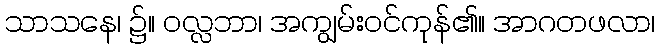
သာသနေ၊ ၌။ ဝလ္လဘာ၊ အကျွမ်းဝင်ကုန်၏။ အာဂတဖလာ၊